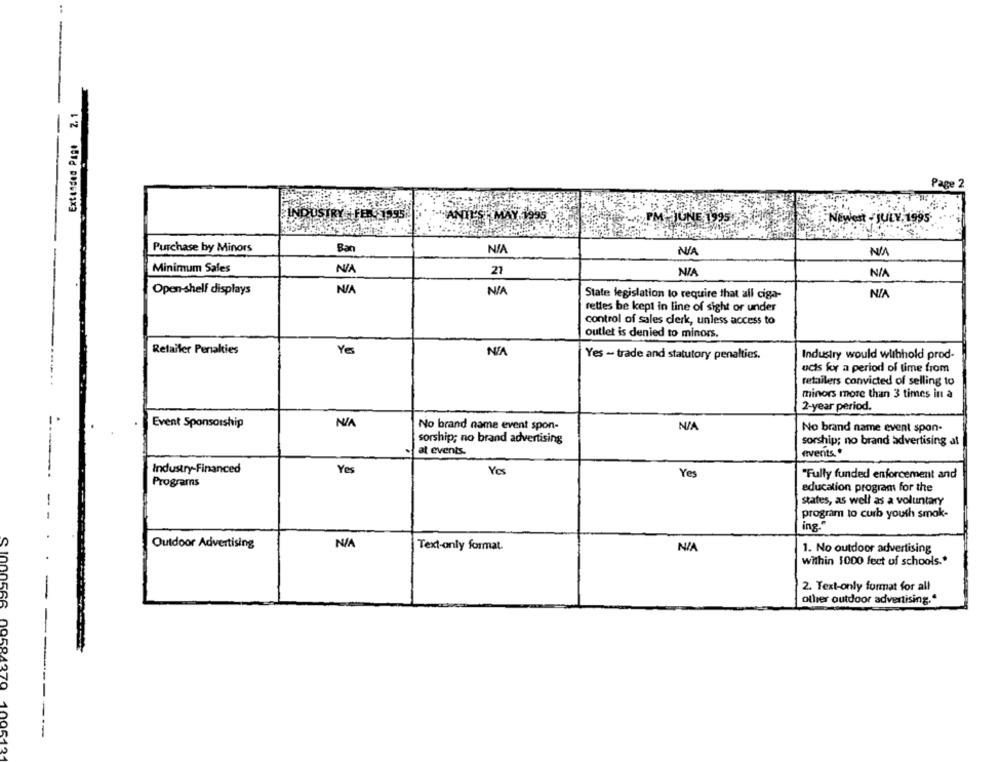
Extended Page 2.1
Page 2
INDUSTRY FERAOSS
-SANTLES - MAY Hans
Newest - JULY. 1995
PM-JUNE 1995$25
Purchase by Minors
Ban
-
Minimum Sales
21
NIA
Open-shelf displays
State legislation to require that all ciga-
rettes be kept in line of sight or under
control of sales clerk, unless access to
outlet is denied to minors.
Retailer Penalties
Yo
NIA
Yes - trade and statutory penalties.
Industry would wlhhold prod-
ucts for a period of time from
retailers convicted of selling to
minors more than 3 times in a
2-year period.
Event Sponsorship
No brand name event spon-
No brand name event spon-
sorship; no brand advertising
sorship; no brand advertising at
at events.
events .*
Industry-Financed
Yes
Yes
"Fully funded enforcement and
Programs
education program for the
states, as well as a voluntary
program to curb youth smok-
ing."
Outdoor Advertising
Text-only format.
1. No outdoor advertising
within 1000 feet of schools."
-
2. Text-only format for all
other outdoor advertising."